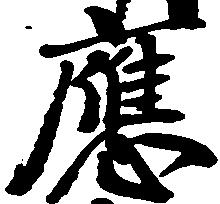
応